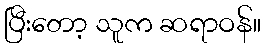
ပြီးတော့ သူက ဆရာဝန်။